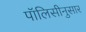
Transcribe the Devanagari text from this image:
पॉलिसीनुसार